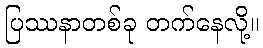
ပြဿနာတစ်ခု တက်နေလို့။